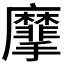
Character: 𪎮